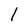
Character: l